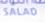
salad